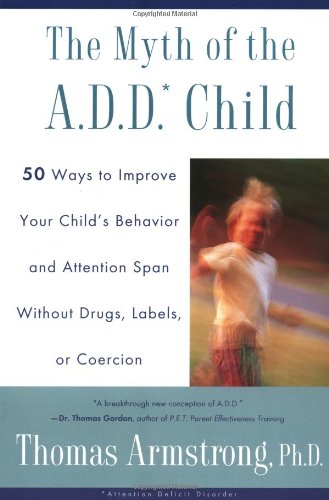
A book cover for The Myth of the A.D.D. Child: 50 Ways Improve your Child's Behavior attn Span w/o Drugs Labels or Coercion; Thomas Armstrong; Health, Fitness & Dieting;